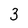
Character: 3